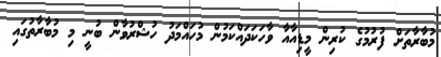
މުބާރާތަށް ފުރުމުގެ ކުރިން މީޑިއާއާ ވާހަކަދައްކަމުން މުހައްމަދު ހުޝްރުވާން ބުނީ މި މުބާރާތުގައި